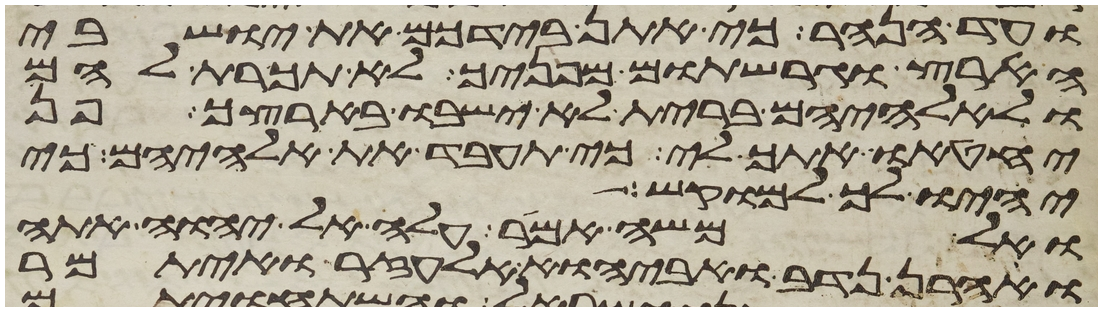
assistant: עד הנהר כי אתן בידכם את ישבי
הארץ וגרשתים מפניך לא תכרת להם
ולאלהיהם ברית לא ישבו בארצך פן
יחטיאו אתך לי כי תעבד את אלהיהם כי
יהיו לך למוקש
ואל משה אמר עלה אל יהוה אתה
ואהרן נדב ואביהוא אלעזר ואיתמר